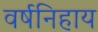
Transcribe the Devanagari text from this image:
वर्षनिहाय